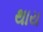
થાય